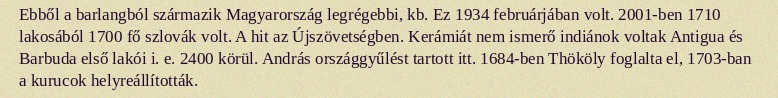
Ebből a barlangból származik Magyarország legrégebbi, kb. Ez 1934 februárjában volt. 2001-ben 1710 lakosából 1700 fő szlovák volt. A hit az Újszövetségben. Kerámiát nem ismerő indiánok voltak Antigua és Barbuda első lakói i. e. 2400 körül. András országgyűlést tartott itt. 1684-ben Thököly foglalta el, 1703-ban a kurucok helyreállították.